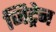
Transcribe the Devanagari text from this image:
जिट्रेन